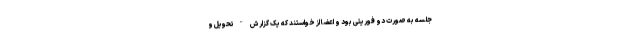
جلسه به صورت دو فوریتی بود و اعضا از خواستند که یک گزارش "تحویل و